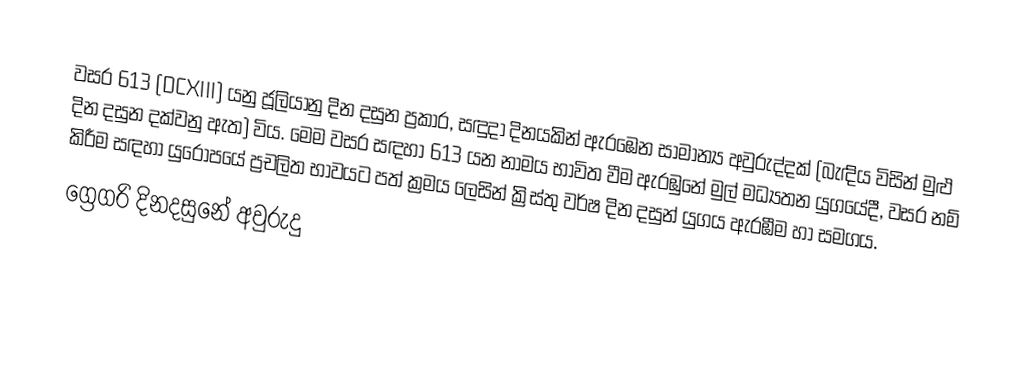
වසර  613 (DCXIII) යනු ජූලියානු දින දසුන ප්‍රකාර,   සඳුදා දිනයකින් ඇරඹෙන සාමාන්‍ය අවුරුද්දක් (බැඳිය විසින් මුළු දින දසුන දක්වනු ඇත) විය. මෙම වසර සඳහා 613 යන නාමය භාවිත වීම ඇරඹුනේ මුල් මධ්‍යතන යුගයේදී, වසර නම් කිරීම සඳහා යුරෝපයේ ප්‍රචලිත භාවයට පත් ක්‍රමය ලෙසින් ක්‍රිස්තු වර්ෂ දින දසුන් යුගය ඇරඹීම හා සමගය.
ග්‍රෙගරි දිනදසුනේ අවුරුදු